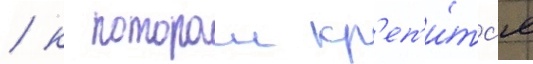
/ к которои кр'еп'и́тс'я